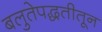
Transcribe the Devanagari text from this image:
बलुतेपद्धतीतून